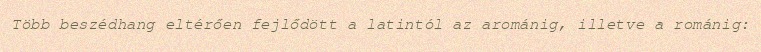
Több beszédhang eltérően fejlődött a latintól az arománig, illetve a románig: